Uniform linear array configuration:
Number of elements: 32
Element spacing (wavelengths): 0.75
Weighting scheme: exponential
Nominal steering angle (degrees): -15
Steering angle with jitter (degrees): -16.021
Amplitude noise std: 0.05
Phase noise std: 0.05

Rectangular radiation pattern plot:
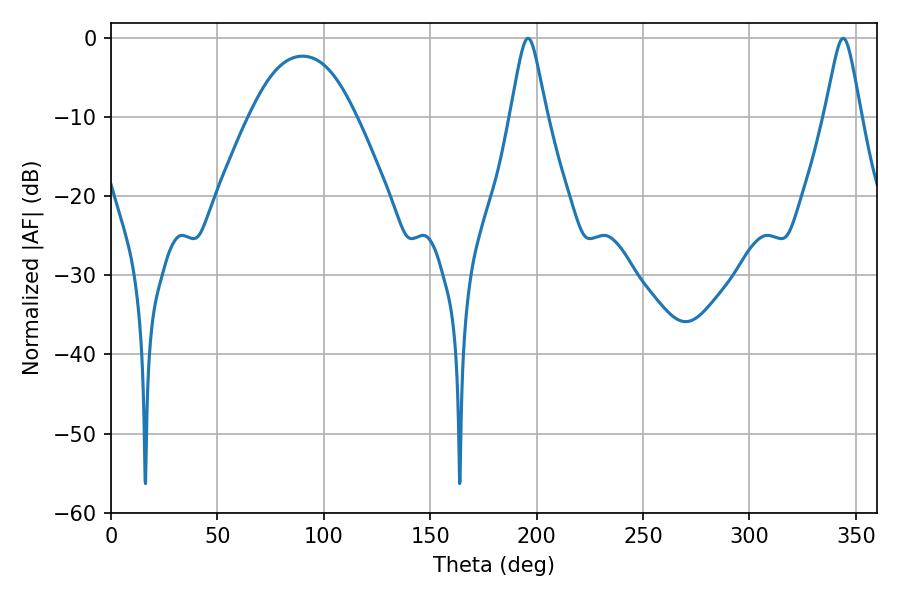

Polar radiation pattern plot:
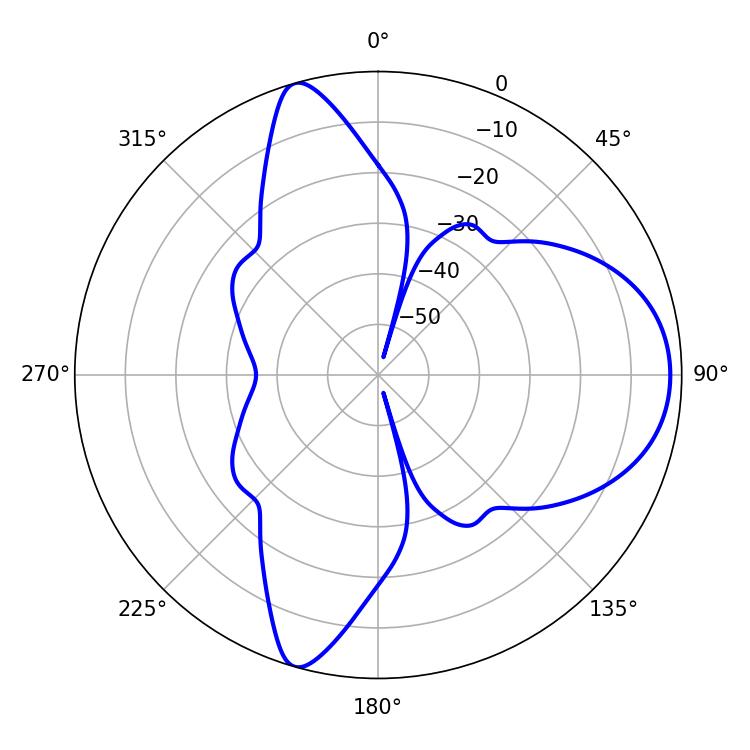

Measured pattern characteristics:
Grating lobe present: TRUE
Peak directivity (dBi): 8.999
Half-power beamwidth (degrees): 8.1
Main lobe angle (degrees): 343.98